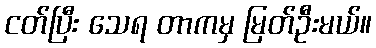
ငတ်ပြီး သေရ တာကမှ မြတ်ဦးမယ်။